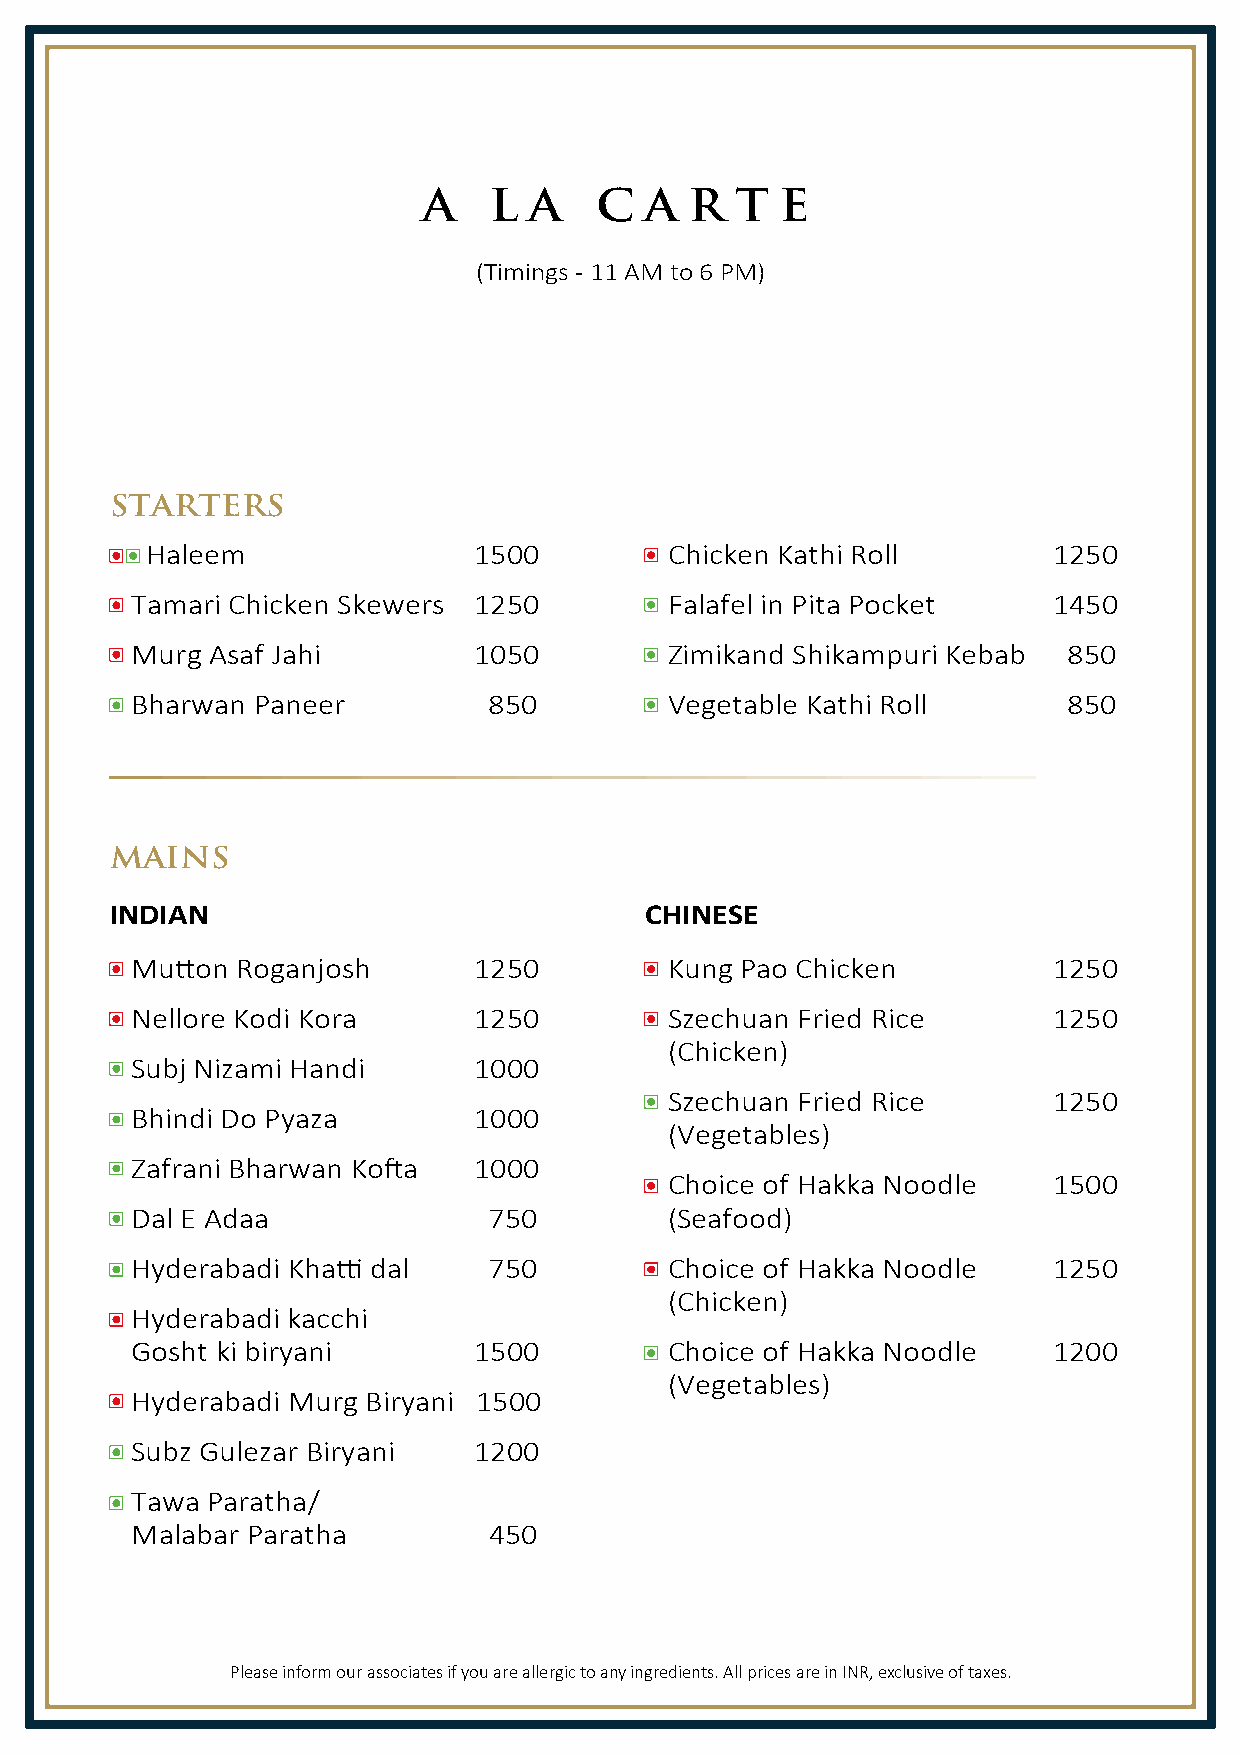
A   L  A   C   A  R  T  E
 (Timings - 11 AM to 6 PM)
 STARTERS
 Haleem               1500         Chicken Kathi Roll        1250
 Tamari Chicken Skewers 1250        Falafel in Pita Pocket    1450
 Murg Asaf Jahi        1050         Zimikand Shikampuri Kebab  850
 Bharwan Paneer         850         Vegetable Kathi Roll       850
 MAINS
 INDIAN                              CHINESE
 Mu�on  Roganjosh      1250         Kung Pao Chicken          1250
 Nellore Kodi Kora     1250         Szechuan Fried Rice       1250
 (Chicken)
 Subj Nizami Handi     1000
 Szechuan Fried Rice       1250
 Bhindi Do Pyaza       1000
 (Vegetables)
 Zafrani Bharwan Ko�a  1000
 Choice of Hakka Noodle    1500
 Dal E Adaa             750         (Seafood)
 Hyderabadi Kha� dal    750         Choice of Hakka Noodle    1250
 (Chicken)
 Hyderabadi kacchi
 Gosht ki biryani      1500         Choice of Hakka Noodle    1200
 (Vegetables)
 Hyderabadi Murg Biryani 1500
 Subz Gulezar Biryani  1200
 Tawa Paratha/
 Malabar Paratha        450
 Please inform our associates if you are allergic to any ingredients. All prices are in INR, exclusive of taxes.